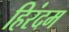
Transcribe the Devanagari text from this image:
हिरंदम